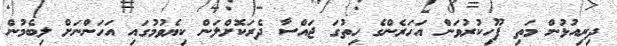
ދިރިއުޅުން މަތި ފޫހިކުރުވަން އަހަރެންގެ ހިތުގަ ޖައްސާ ދެރަކޮށްލަން ކިޔެވުމުގައި އަހަންނަށް ލިބެމުން